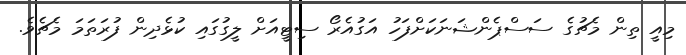
މިއީ ތިން މެޗުގެ ސަސްޕެންޝަނަކަށްފަހު އަގުއެރޯ ސިޓީއަށް ލީގުގައި ކުޅެދިން ފުރަތަމަ މެޗެވެ.